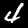
Label: 4